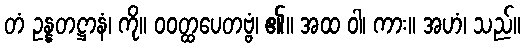
တံ ဥန္နတဋ္ဌာနံ၊ ကို။ ဝဝတ္ထပေတဗ္ဗံ၊ ၏။ အထ ဝါ၊ ကား။ အဟံ၊ သည်။